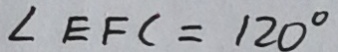
\angle E F C = 1 2 0 ^ { \circ }